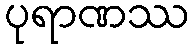
ပုရာဏဿ